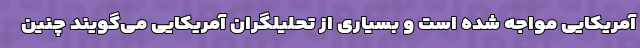
آمریکایی مواجه شده است و بسیاری از تحلیلگران آمریکایی می‌گویند چنین